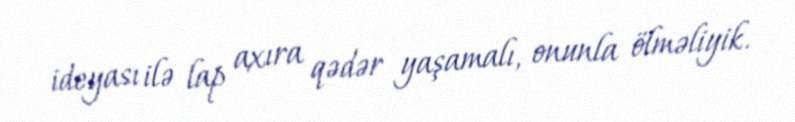
ideyası ilə lap axıra qədər yaşamalı, onunla ölməliyik.